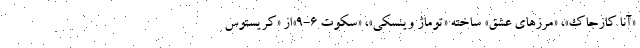
«آنا کازجاک»، «مرزهای عشق» ساخته «توماژ وینسکی»، «سکوت ۶-۹»از «کریستوس